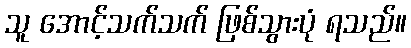
သူ အောင့်သက်သက် ဖြစ်သွားပုံ ရသည်။